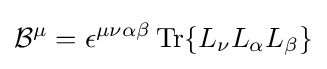
{\mathcal {B}}^{\mu }=\epsilon ^{\mu \nu \alpha \beta }\operatorname {Tr} \{L_{\nu }L_{\alpha }L_{\beta }\}